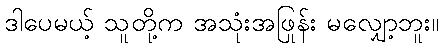
ဒါပေမယ့် သူတို့က အသုံးအဖြုန်း မလျှော့ဘူး။